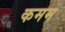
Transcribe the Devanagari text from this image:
कमम